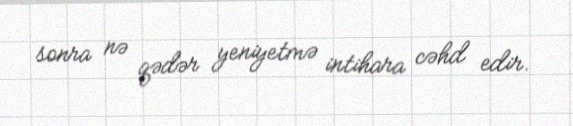
sonra nə qədər yeniyetmə intihara cəhd edir.